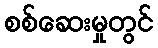
စစ်ဆေးမှုတွင်